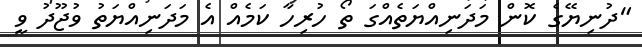
"ދުނިޔޭގެ ކޮން މަދަނިއްޔަތެއްގަ ތޯ ހުރިހާ ކަމެއް އެ މަދަނިއްޔަތު ވުޖޫދު ވީ